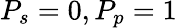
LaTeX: P_{s}=0,P_{p}=1